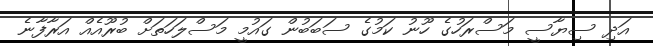
އަދި ސިޔާސީ މަސްރަހުގެ ހޫނު ކަމުގެ ސަބަބުން ގައުމީ މަސްލަހަތަށް ބުރޫއެއް އަރާފާނެ